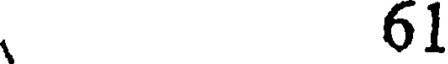
61